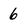
Character: 6